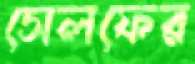
সেলফের